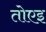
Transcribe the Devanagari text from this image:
तोएइ